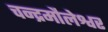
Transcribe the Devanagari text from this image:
चन्द्रमौलेश्वर